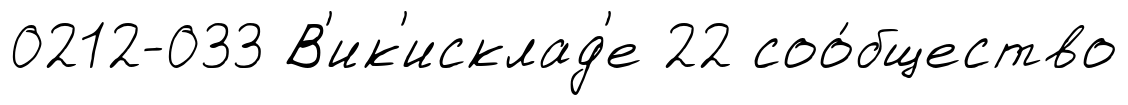
0212-033 В'ик'исклад'е 22 соо́бщество